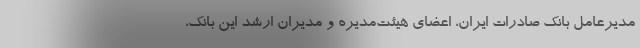
مدیرعامل بانک صادرات ایران، اعضای هیئت‌مدیره و مدیران ارشد این بانک،